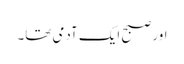
اور صبح ایک آدمی تھا۔